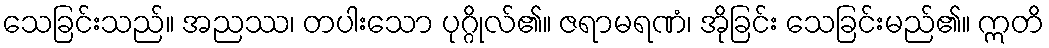
သေခြင်းသည်။ အညဿ၊ တပါးသော ပုဂ္ဂိုလ်၏။ ဇရာမရဏံ၊ အိုခြင်း သေခြင်းမည်၏။ ဣတိ